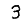
Digit: 3